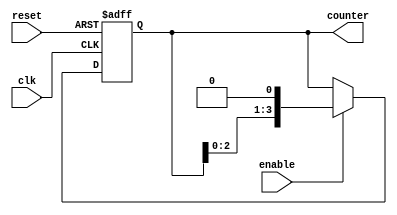
module ring_counter(
    input wire clk,
    input wire reset,
    input wire enable,
    output reg [3:0] counter
);

always @ (posedge clk or posedge reset) begin
    if (reset) begin
        counter <= 4'b0000;
    end else if (enable) begin
        counter <= counter << 1;
    end
end

endmodule